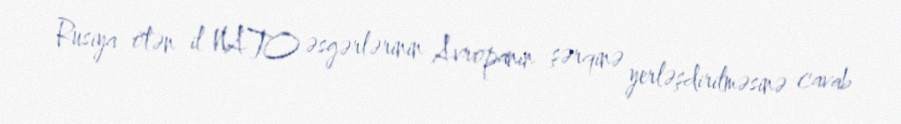
Rusiya ötən il NATO əsgərlərinin Avropanın şərqinə yerləşdirilməsinə cavab